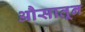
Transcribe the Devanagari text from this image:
औसातून